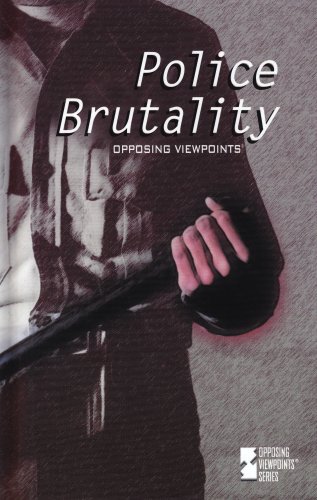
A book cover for Police Brutality : Opposing Viewpoints; Helen Cothran; Teen & Young Adult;